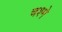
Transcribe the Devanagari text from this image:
चश्‍मे